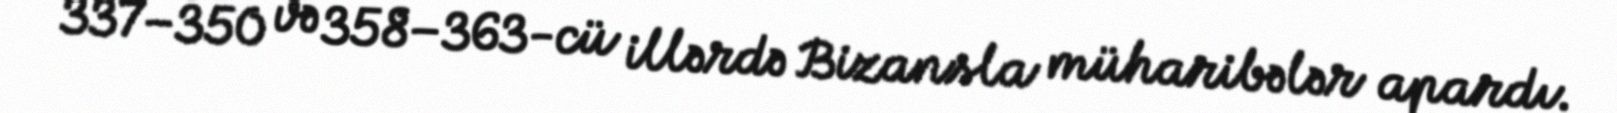
337–350 və 358–363-cü illərdə Bizansla müharibələr apardı.